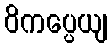
ဝိကပ္ပေယျ